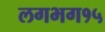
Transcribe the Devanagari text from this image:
लगभग१५